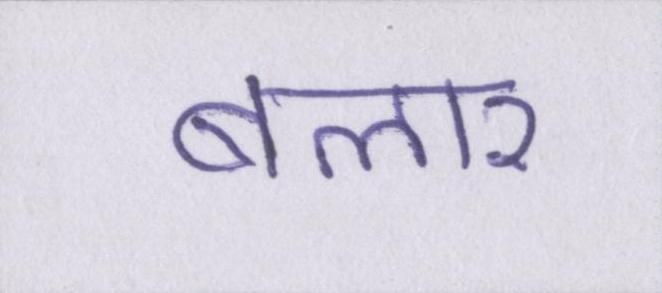
बलार